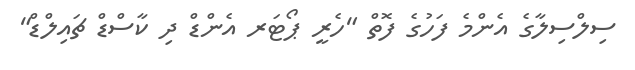
ސިލްސިލާގެ އެންމެ ފަހުގެ ފޮތް "ހެރީ ޕޯޓަރ އެންޑް ދި ކާސްޑް ޗައިލްޑް"